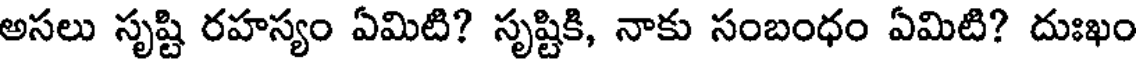
అసలు సృష్టి రహస్యం ఏమిటి? సృష్టికి, నాకు సంబంధం ఏమిటి? దుఃఖం